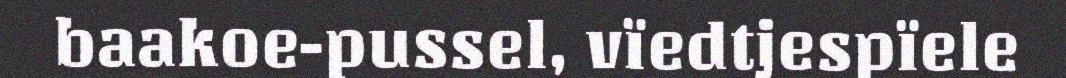
baakoe-pussel, vïedtjespïele